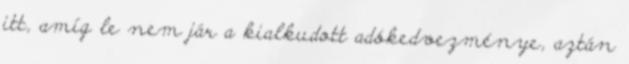
itt, amíg le nem jár a kialkudott adókedvezménye, aztán